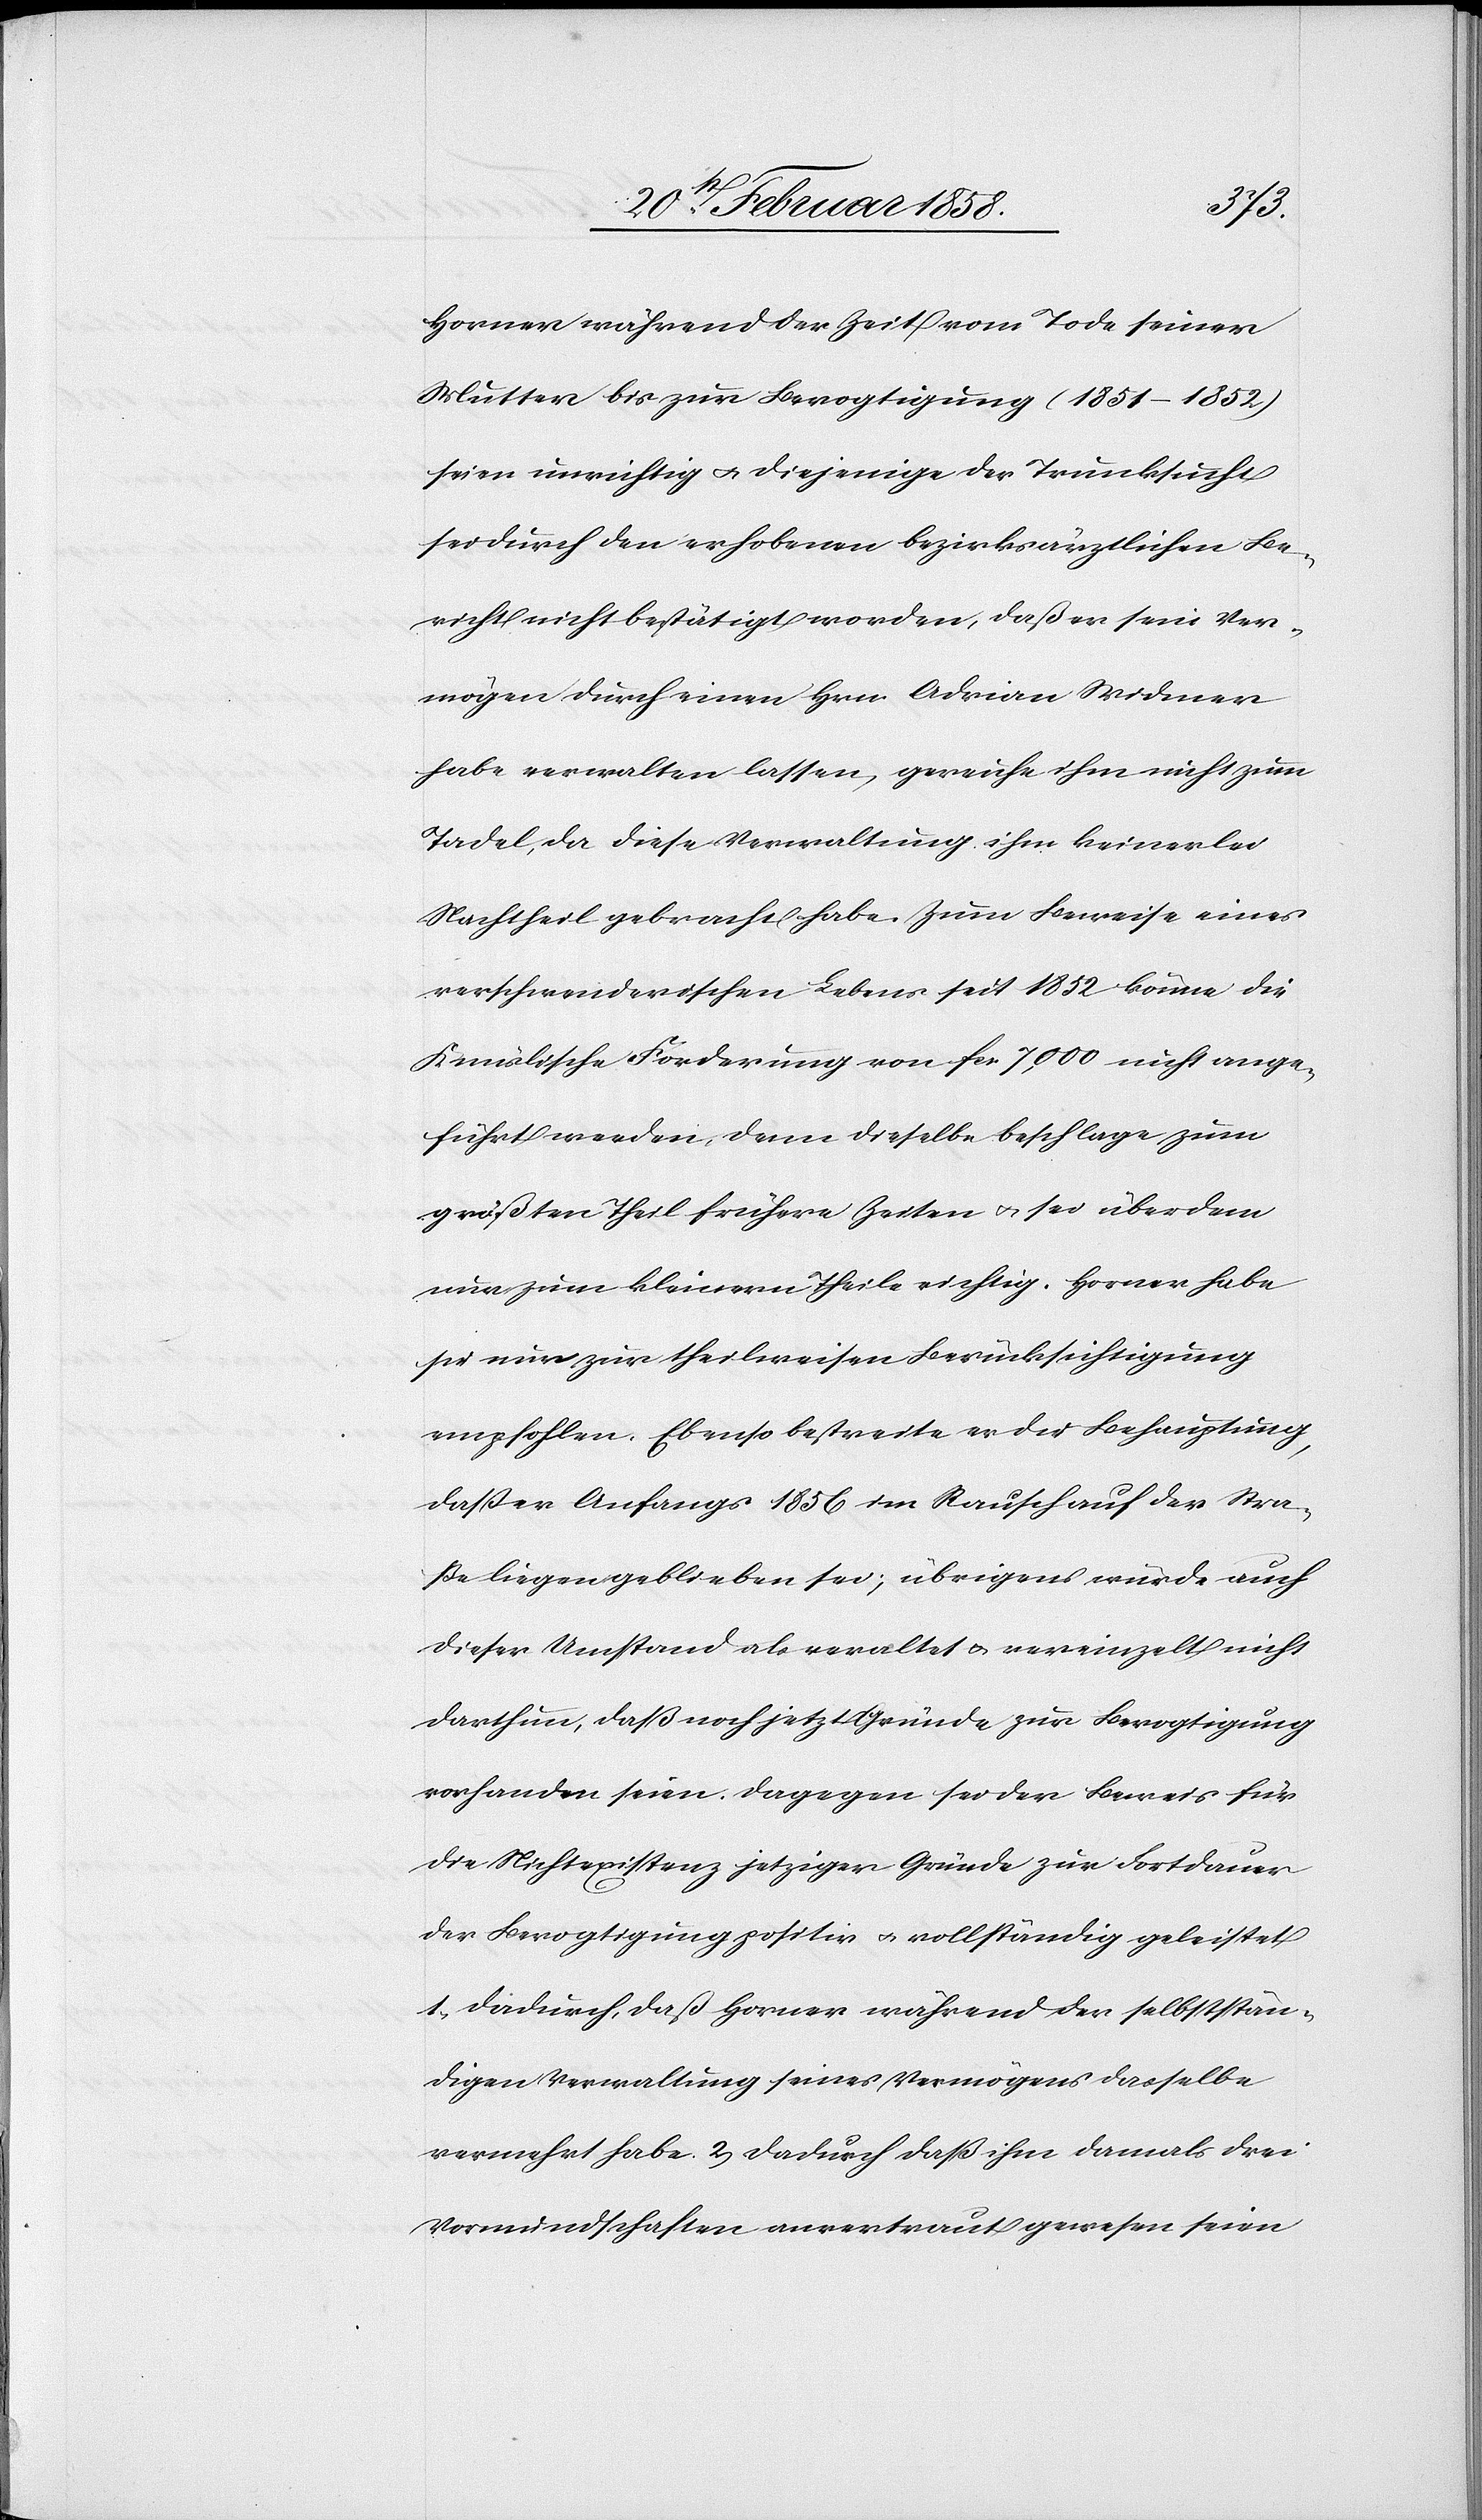
Horner während der Zeit vom Tode seiner
Muter bis zur Bevogtigung (1851–1852)
seien unrichtig u. diejenige der Trunksucht
sei durch den erhobenen bezirksärztlichen Be¬
richt nicht bestätigt worden, daß er sein Ver¬
mögen durch einen Hrn. Adrian Widmer
habe verwalten lassen, gereiche ihm nicht zum
Tadel, da diese Verwaltung ihm keinerlei
Nachtheil gebracht habe. Zum Beweise eines
verschwenderischen Lebens seit 1852 könne die
Knüslische Forderung von fcs. 7,000 nicht ange¬
führt werden, denn dieselbe beschlage zum
größten Theil frühere Zeiten u. sei über dem
nur zum kleinern Theil richtig. Horner habe
sie nur zur theilweisen Berücksichtigung
empfohlen. Ebenso bestreite er die Behauptung,
daß er Anfangs 1856 im Rausch auf der Stra¬
ße liegen geblieben sei; übrigens würde auch
dieser Umstand als veraltet u. vereinzelt nicht
darthun, daß noch jetzt Gründe zur Bevogtigung
vorhanden seien. Dagegen sei der Beweis für
die Nichtexistenz jetziger Gründe zur Fortdauer
der Bevogtigung positiv u. vollständig geleistet
1. dadurch, daß Horner während der selbststän¬
digen Verwaltung seines Vermögens dasselbe
Vormundschaften anvertraut gewesen seien